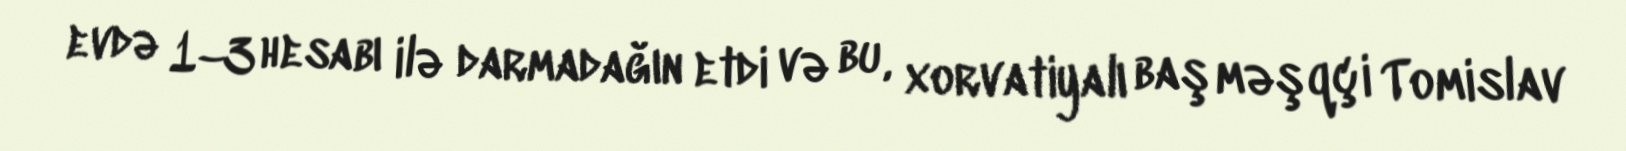
evdə 1–3 hesabı ilə darmadağın etdi və bu, xorvatiyalı baş məşqçi Tomislav